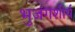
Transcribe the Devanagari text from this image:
भुजंगशीर्ष